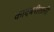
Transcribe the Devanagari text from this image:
कादंबरीतली